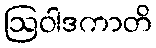
ဩဝါဒကာတိ